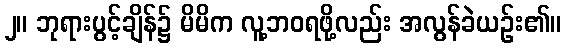
၂။ ဘုရားပွင့်ချိန်၌ မိမိက လူ့ဘဝရဖို့လည်း အလွန်ခဲယဉ်း၏။